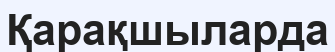
Қарақшыларда